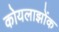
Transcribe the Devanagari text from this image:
कोयलाझोंक